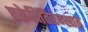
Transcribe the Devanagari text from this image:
एक्रेदितिरंग्स्रात